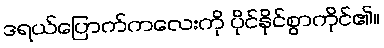
ဒရယ်ပြောက်ကလေးကို ပိုင်နိုင်စွာကိုင်၏။